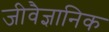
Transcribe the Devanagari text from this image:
जीवैज्ञानिक